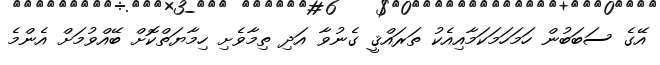
އޭގެ ސަބަބުން ހަމަހަމަކަމާއިއެކު ތަރައްޤީ ގެނުވާ އަދި ތިމާވެށި ހިމާޔަތްކޮށް ބޭއްވުމަށް އެންމެ